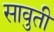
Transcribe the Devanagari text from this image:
सावुती